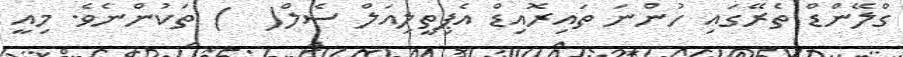
ގްލޭންޑް ތެރޭގައި ހުންނަ ތައިރޮއިޑް އެޕިތީލިއަލް ސެލް(  ) ތަކުންނެވެ. މިއީ